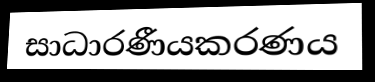
සාධාරණීයකරණය